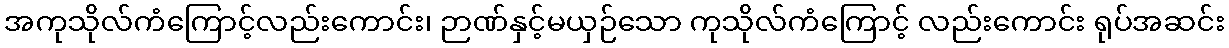
အကုသိုလ်ကံကြောင့်လည်းကောင်း၊ ဉာဏ်နှင့်မယှဉ်သော ကုသိုလ်ကံကြောင့် လည်းကောင်း ရုပ်အဆင်း